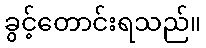
ခွင့်တောင်းရသည်။